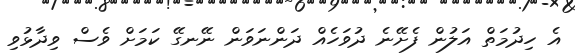
އެ ހިދުމަތް އަލުން ފެށޭނެ ދުވަހެއް ދަންނަވަން ނޭނގޭ ކަމަށް ވެސް ވިދާޅުވި